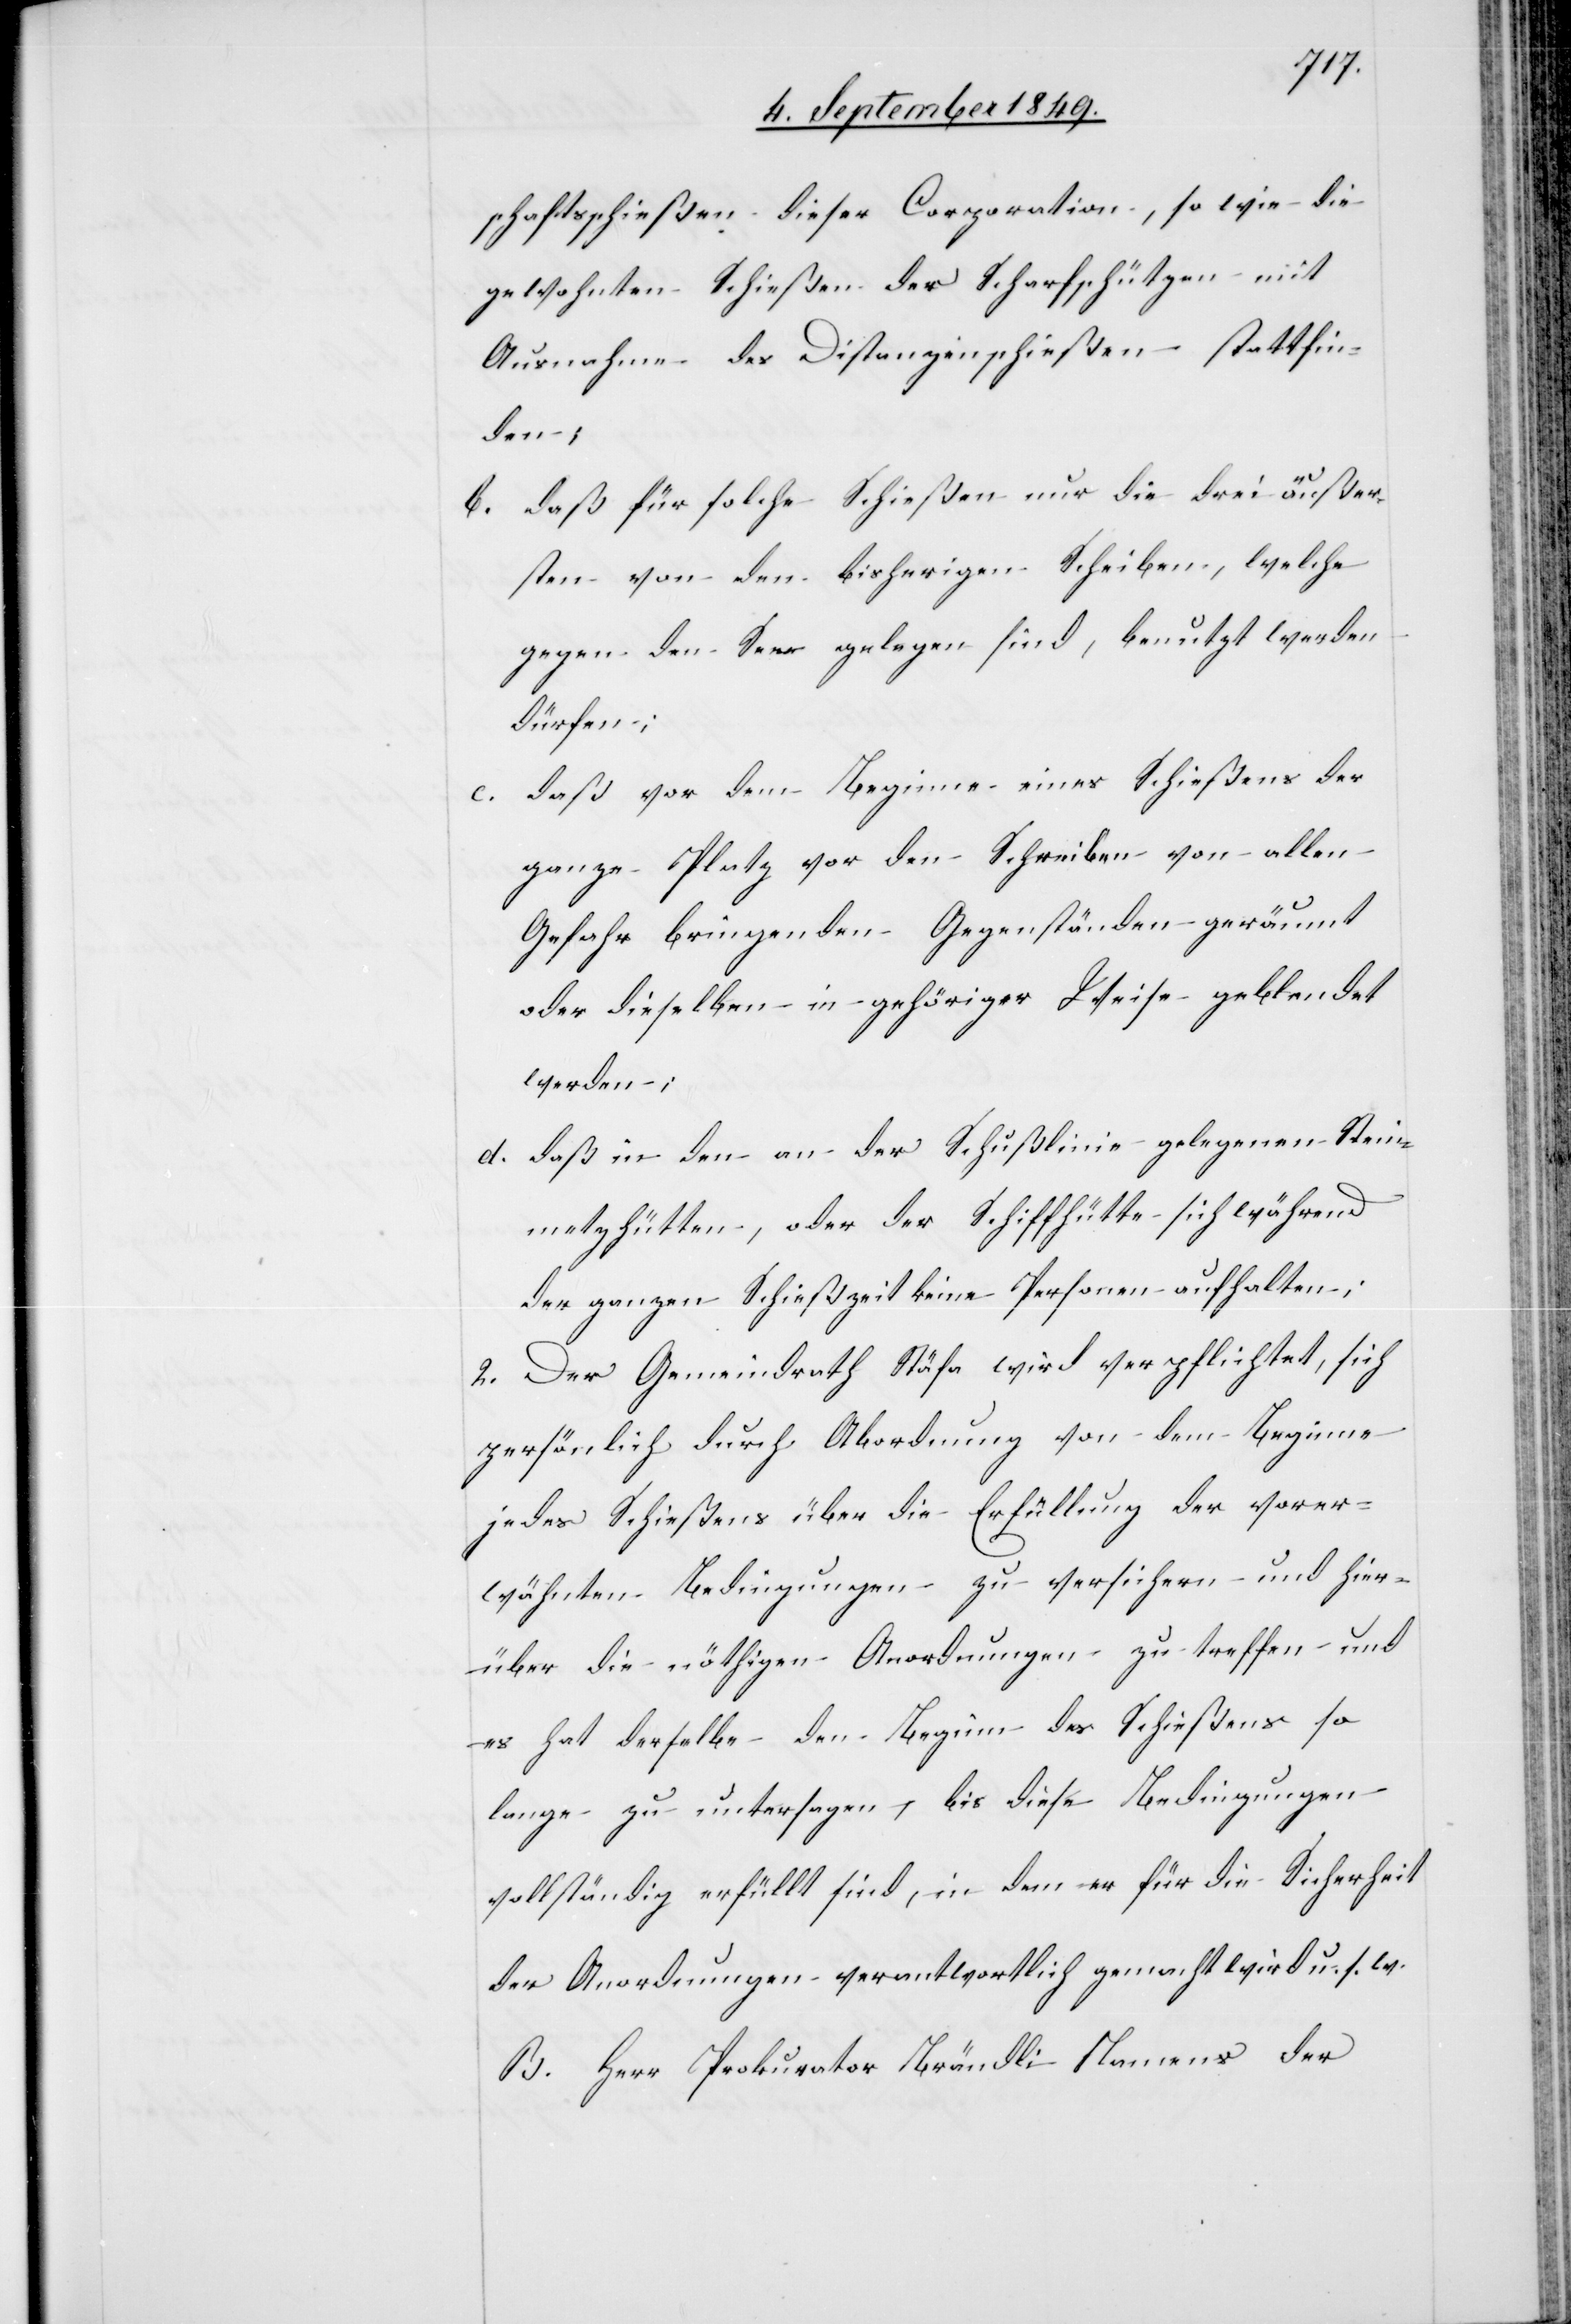
schaftsschießen dieser Corporation, so wie die
gewohnten Schießen der Scharfschützen mit
Ausnahme des Distanzenschießen stattfin¬
dem
daß für solche Schießen nur die drei äußer¬
sten von den bisherigen Scheiben, welche
gegen den See gelegen sind, benutzt werden
dürfen;
daß vor dem Beginne eines Schießens der
ganze Platz vor den Scheiben von allen
Gefahr bringenden Gegenständen geräumt
oder dieselben in gehöriger Weise geblendet
werden;
daß in den an der Schußlinie gelegenen Stein¬
metzhütten, oder der Schiffhütte sich während
der ganzen Schießzeit keine Personen aufhalten;
2. Der Gemeindrath Stäfa wird verpflichtet, sich
persönlich durch Abordnung von [recte:
jedes Schießens über die Erfüllung der vorer¬
wähnten Bedingungen zu versichern und hier¬
über die nöthigen Anordnungen zu treffen und
es hat derselbe den Beginn des Schießens so
lange zu untersagen, bis diese Bedingungen
vollständig erfüllt sind, in dem er für die Sicherheit
der Anordnungen verantwortlich gemacht wird u. s. w.
B. Herr Prokurator Brändli Namens der